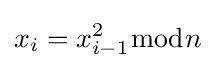
x_{i}=x_{i-1}^{2}{\bmod {n}}